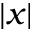
| x |